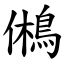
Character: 鵂